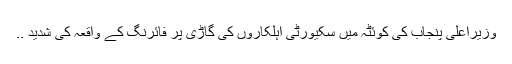
وزیراعلیٰ پنجاب کی کوئٹہ میں سکیورٹی اہلکاروں کی گاڑی پر فائرنگ کے واقعہ کی شدید ..